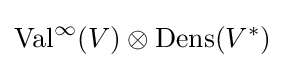
\operatorname {Val} ^{\infty }(V)\otimes \operatorname {Dens} (V^{*})